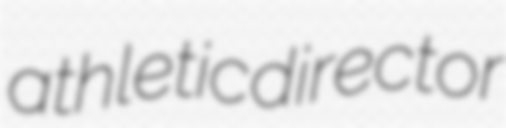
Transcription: athletic director